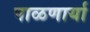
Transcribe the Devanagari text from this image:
पाळणार्या